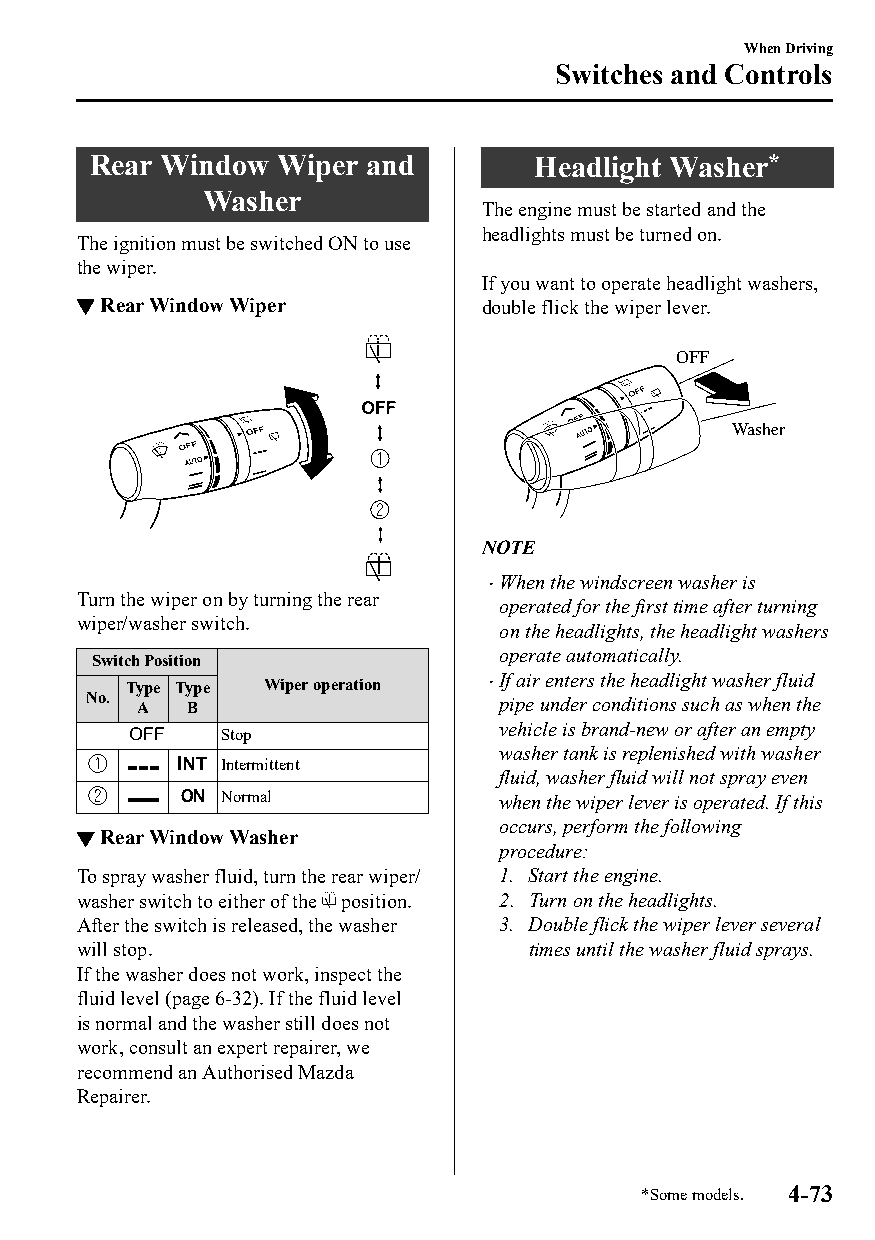
When Driving
 Switches and Controls
 Rear Window Wiper and        Headlight Washer*
 Washer
 The engine must be started and the
 headlights must be turned on.
 The ignition must be switched ON to use
 the wiper.
 If you want to operate headlight washers,
 ▼Rear Window Wiper         double flick the wiper lever.
 OFF
 Washer
 NOTE
 When the windscreen washer is
 
 Turn the wiper on by turning the rear
 operated for the first time after turning
 wiper/washer switch.
 on the headlights, the headlight washers
 operate automatically.
 Switch Position
 If air enters the headlight washer fluid
 Type Type Wiper operation 
 No. A  B                    pipe under conditions such as when the
 vehicle is brand-new or after an empty
 Stop
 washer tank is replenished with washer
 Intermittent
 fluid, washer fluid will not spray even
 Normal             when the wiper lever is operated. If this
 occurs, perform the following
 ▼Rear Window Washer
 procedure:
 To spray washer fluid, turn the rear wiper/ 1. Start the engine.
 washer switch to either of the position. 2. Turn on the headlights.
 After the switch is released, the washer 3. Double flick the wiper lever several
 will stop.                    times until the washer fluid sprays.
 If the washer does not work, inspect the
 fluid level (page 6-32). If the fluid level
 is normal and the washer still does not
 work, consult an expert repairer, we
 recommend an Authorised Mazda
 Repairer.
 *Some models. 4-73
 CX-3_8GT4-EE-18D_Edition4                  2018-9-6 18:32:19